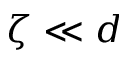
\zeta \ll d